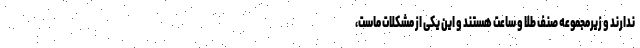
ندارند و زیرمجموعه صنف طلا و ساعت هستند و این یکی از مشکلات ماست،